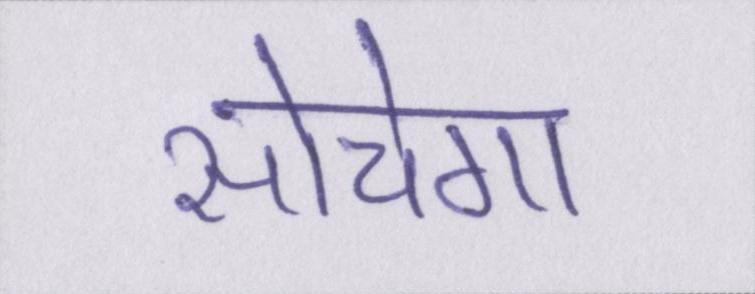
सोचेगा